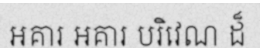
អគារ អគារ បរិវេណ ដ៏